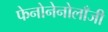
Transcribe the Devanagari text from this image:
फेनोनेनोलाँजी